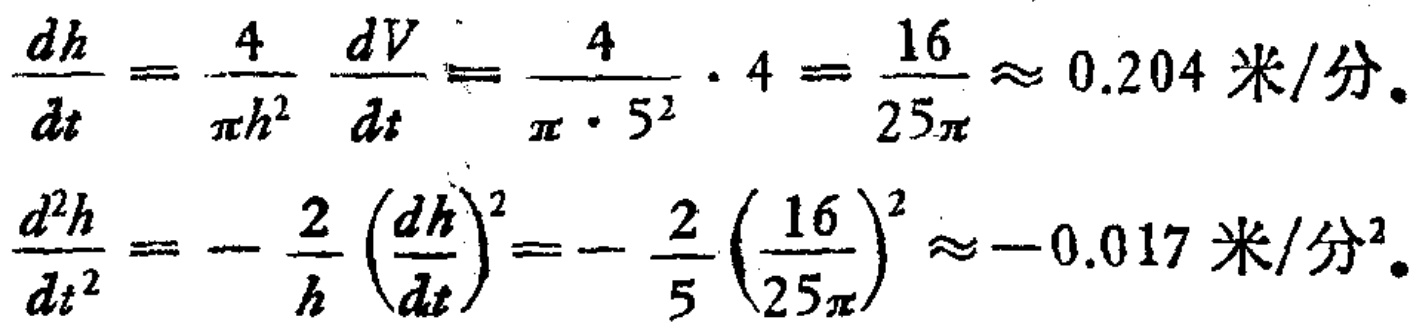
\[\frac{dh}{dt}=\frac{4}{\pi h^{2}}\frac{dV}{dt}=\frac{4}{\pi\cdot5^{2}}\cdot4 = \frac{16}{25\pi}\approx 0.204 \text{ 米/分}.\]
\[\frac{d^{2}h}{dt^{2}}=-\frac{2}{h}\left(\frac{dh}{dt}\right)^{2}=-\frac{2}{5}\left(\frac{16}{25\pi}\right)^{2}\approx - 0.017 \text{ 米/分}^2.\]